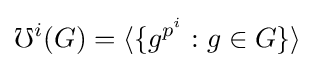
\mho ^{i}(G)=\langle \{g^{p^{i}}:g\in G\}\rangle